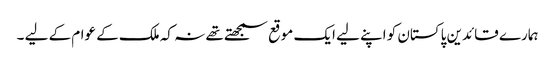
ہمارے قائدین پاکستان کو اپنے لیے ایک موقع سمجھتے تھے نہ کہ ملک کے عوام کے لیے ۔